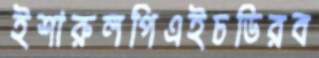
ইশারুলপিএইচডিরব